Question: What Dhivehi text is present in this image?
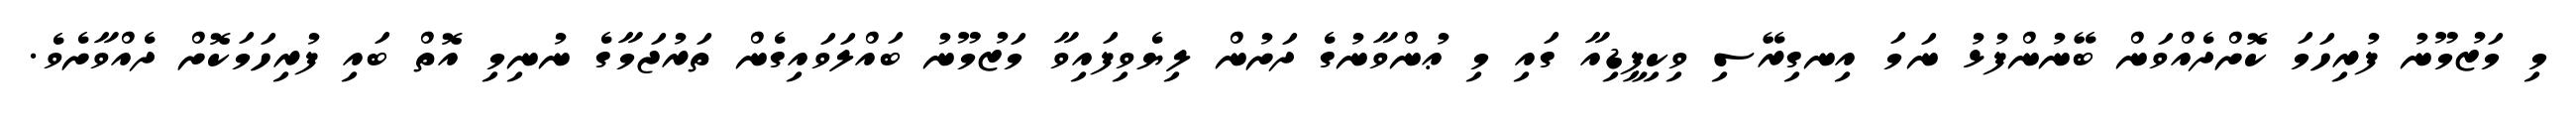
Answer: މި މަޒުމޫނު ފުރިހަމަ ކޮށްދެއްވަން ބޭނުންފުޅު ނަމަ އިނގިރޭސި ވިކިޕީޑިއާ ގައި މި ޢުންވާނުގެ ދަށުން ލިޔެވިފައިވާ މަޒުމޫނު ބައްލަވައިގެން ތަރުޖަމާގެ ނުނިމި އޮތް ބައި ފުރިހަމަކޮށް ދެއްވާށެވެ.